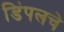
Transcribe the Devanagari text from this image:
डिंपलचे